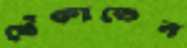
খেঁকাতেন